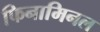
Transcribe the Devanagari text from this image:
फिनामिनल